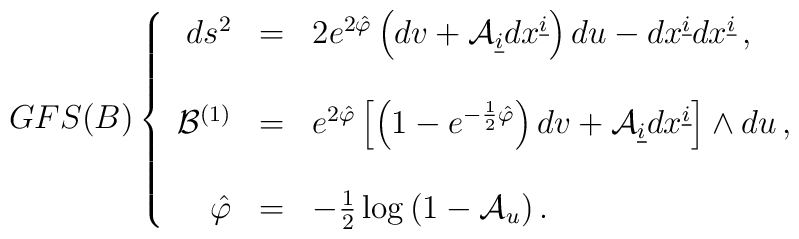
GFS(B)\left\{\begin{array}{rcl}ds^{2}&=&2e^{2\hat{\varphi}}\left(dv+{\cal A}_{\underline{i}}dx^{\underline{i}}\right)du-dx^{\underline{i}}dx^{\underline{i}}\, ,\\& & \\{\cal{B}}^{(1)}&=&e^{2\hat{\varphi}}\left[\left(1-e^{-\frac{1}{2}\hat{\varphi}} \right)dv+{\cal A}_{\underline{i}}dx^{\underline{i}}\right] \wedge du\, ,\\& & \\\hat{\varphi}&=&-\frac{1}{2} \log{(1-{\cal A}_{u})}\, .\\\end{array}\right.